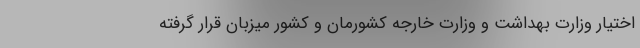
اختیار وزارت بهداشت و وزارت خارجه کشورمان و کشور میزبان قرار گرفته